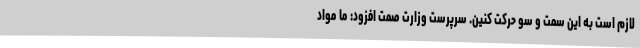
لازم است به این سمت و سو حرکت کنین. سرپرست وزارت صمت افزود: ما مواد